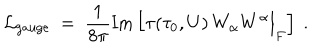
{ \cal L } _ { \mathrm { g a u g e } } \ = \ { \frac { 1 } { 8 \pi } } \mathrm { I m } \left[ \tau ( \tau _ { 0 } , U ) \, W _ { \alpha } W ^ { \alpha } \Big | _ { F } \right] \ .